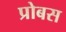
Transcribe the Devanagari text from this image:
प्रोबस